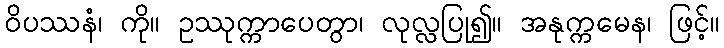
ဝိပဿနံ၊ ကို။ ဥဿုက္ကာပေတွာ၊ လုလ္လပြု၍။ အနုက္ကမေန၊ ဖြင့်။